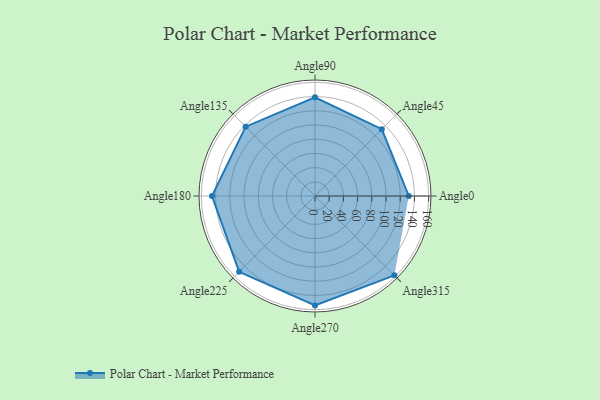
{"axis": {"x": "Angle", "y": "Radius"}, "legend": [""], "data": [{"x": "Angle0", "y": 132.0, "type": ""}, {"x": "Angle45", "y": 133.0, "type": ""}, {"x": "Angle90", "y": 139.0, "type": ""}, {"x": "Angle135", "y": 138.0, "type": ""}, {"x": "Angle180", "y": 145.0, "type": ""}, {"x": "Angle225", "y": 151.0, "type": ""}, {"x": "Angle270", "y": 154.0, "type": ""}, {"x": "Angle315", "y": 158.0, "type": ""}]}